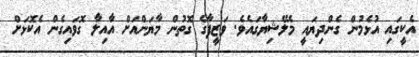
އެކީގައި އުޅެމުން ގެންދިޔައީ މެލޭޝިޔާގައެވެ. ވަޒީފާގެ ގޮތުން މާޔަންއަށް އާއިލާ ގޮވައިގެން އެކޮޅަށް